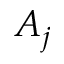
A _ { j }